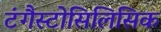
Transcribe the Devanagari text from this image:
टंगैस्टोसिलिसिक